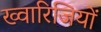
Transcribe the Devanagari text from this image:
ख्वारिजियों